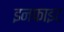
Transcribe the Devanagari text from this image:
इनफाइट